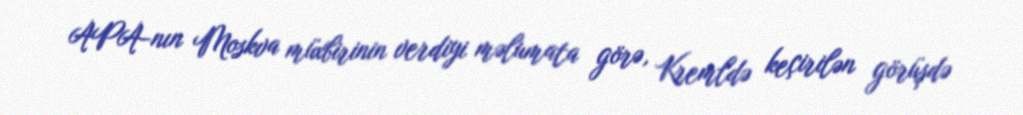
APA-nın Moskva müxbirinin verdiyi məlumata görə, Kremldə keçirilən görüşdə